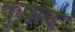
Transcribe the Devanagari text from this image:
कुषाम